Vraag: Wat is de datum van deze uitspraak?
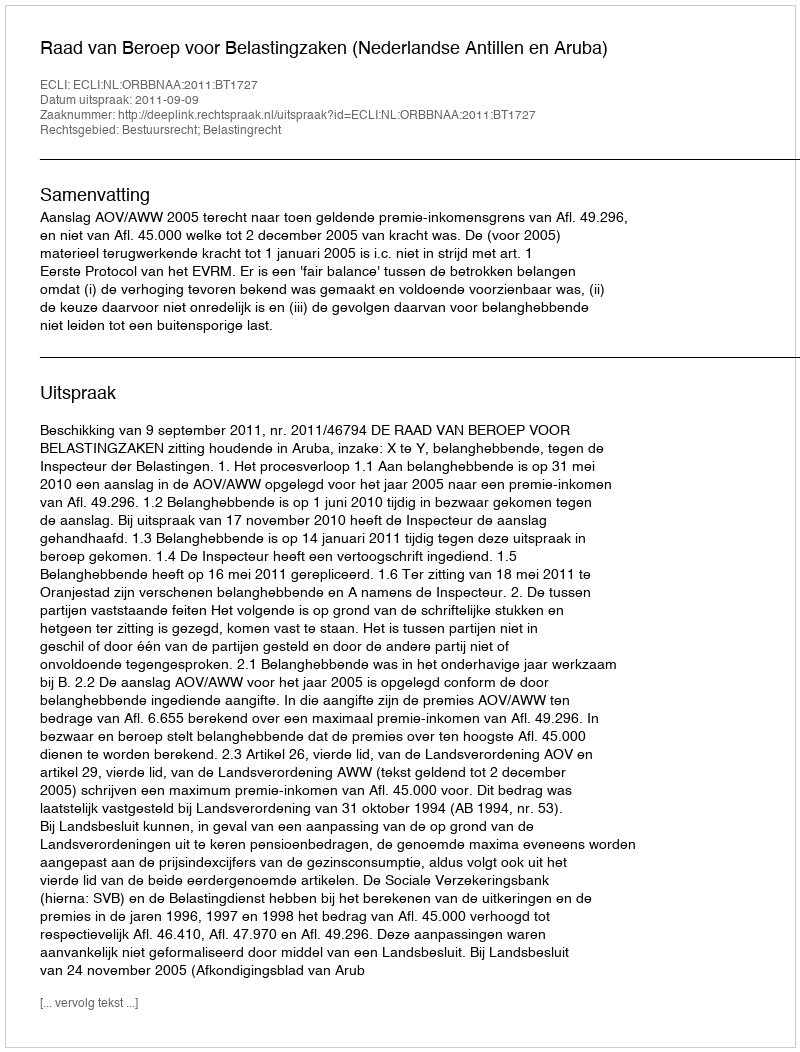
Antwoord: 2011-09-09